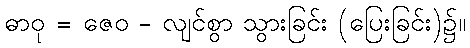
ဓာဝု = ဇေဝ - လျင်စွာ သွားခြင်း (ပြေးခြင်း)၌။